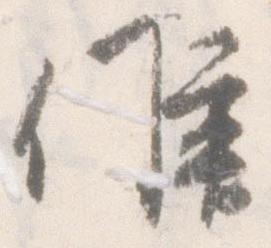
候